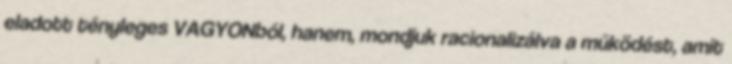
eladott tényleges VAGYONból, hanem, mondjuk racionalizálva a működést, amit